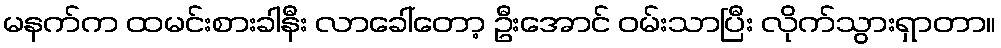
မနက်က ထမင်းစားခါနီး လာခေါ်တော့ ဦးအောင် ဝမ်းသာပြီး လိုက်သွားရှာတာ။